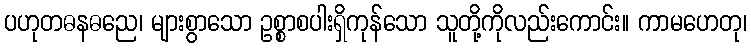
ပဟုတဓနဓညေ၊ များစွာသော ဥစ္စာစပါးရှိကုန်သော သူတို့ကိုလည်းကောင်း။ ကာမဟေတု၊